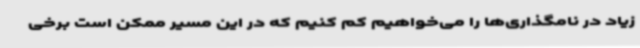
زیاد در نامگذاری‌ها را می‌خواهیم کم کنیم که در این مسیر ممکن است برخی